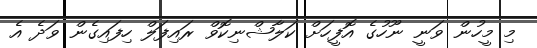
މި މީހުން ވަނީ ނޫހުގެ އޮފީހަށް ކަލާޝްނިކޮވް ރައިފަލް ހިފައިގެން ވަދެ އެ